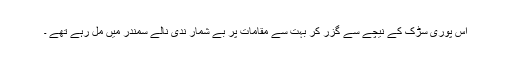
اس پوری سڑک کے نیچے سے گزر کر بہت سے مقامات پر بے شمار ندی نالے سمندر میں مل رہے تھے ۔